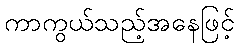
ကာကွယ်သည့်အနေဖြင့်